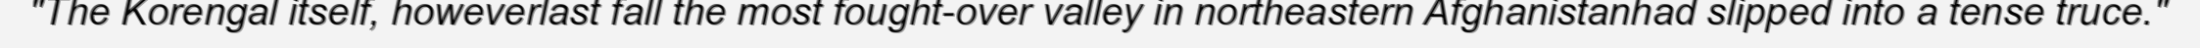
"The Korengal itself, howeverlast fall the most fought-over valley in northeastern Afghanistanhad slipped into a tense truce."